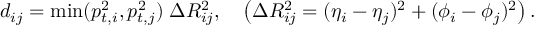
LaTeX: d _ { i j } = \operatorname * { m i n } ( p _ { t , i } ^ { 2 } , p _ { t , j } ^ { 2 } ) \; \Delta R _ { i j } ^ { 2 } , \quad \left( \Delta R _ { i j } ^ { 2 } = ( \eta _ { i } - \eta _ { j } ) ^ { 2 } + ( \phi _ { i } - \phi _ { j } ) ^ { 2 } \right) .